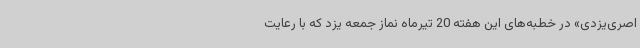
اصری‌یزدی» در خطبه‌های این هفته 20 تیرماه نماز جمعه یزد که با رعایت